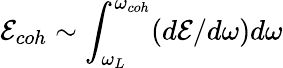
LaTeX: \mathcal{E}_{coh}\sim\int_{\omega_{L}}^{\omega_{coh}}(d\mathcal{E}/d\omega)d\omega